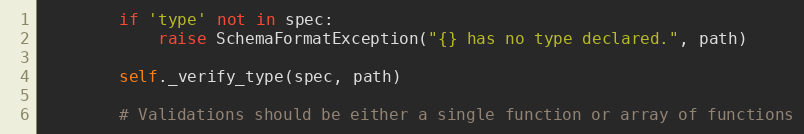
Language: Python
        if 'type' not in spec:
            raise SchemaFormatException("{} has no type declared.", path)

        self._verify_type(spec, path)

        # Validations should be either a single function or array of functions